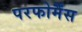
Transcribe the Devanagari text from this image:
परफोर्मैंस